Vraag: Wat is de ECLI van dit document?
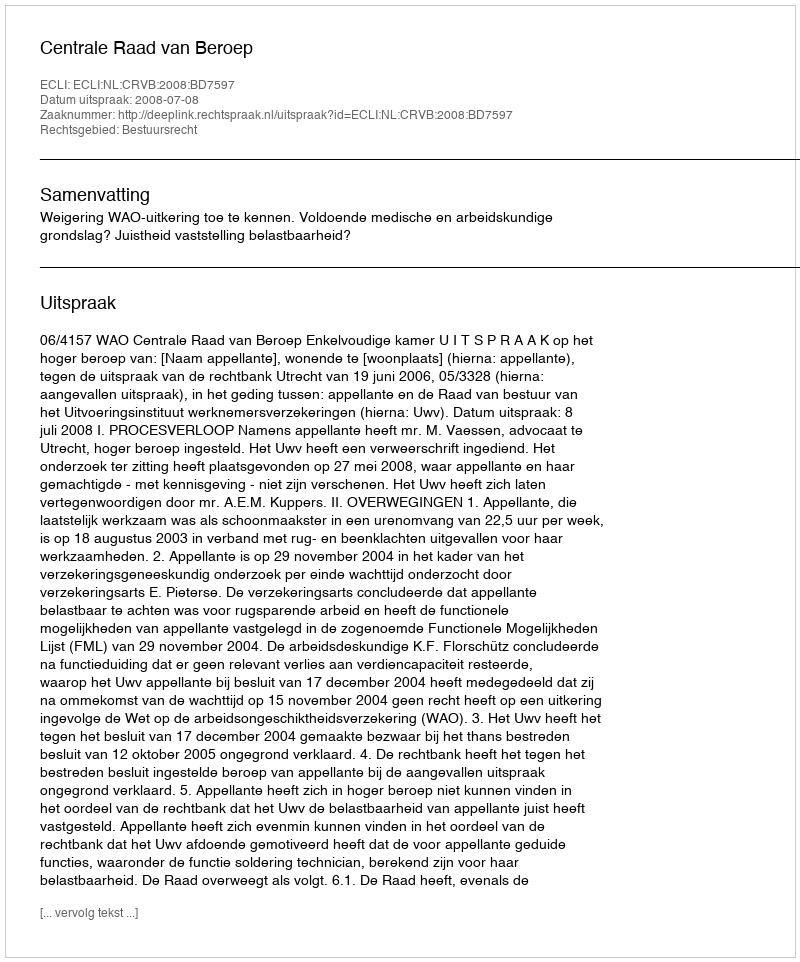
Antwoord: ECLI:NL:CRVB:2008:BD7597